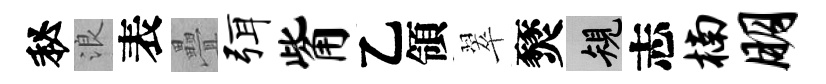
秘浪表疊弭觜乙領翠燹規志楠朋